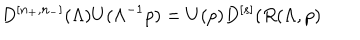
LaTeX: D ^ { \left[ n _ { + } , n _ { - } \right] } ( \Lambda ) U ( \Lambda ^ { - 1 } p ) = U ( p ) D ^ { \left[ s \right] } ( R ( \Lambda , p )